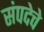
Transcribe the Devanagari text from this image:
संपदेचे